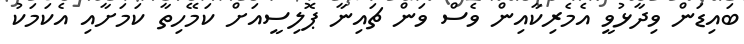
ބައިޑަން ވިދާޅުވީ އެމެރިކާއިން ވެސް ވަން ޗައިނާ ޕޮލިސީއަށް ކަމޭހިތާ ކަމަށާއި އެކަމަކު